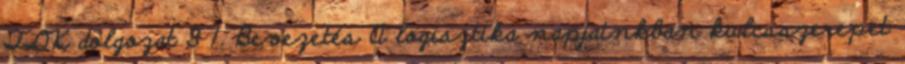
TDK dolgozat 3 1. Bevezetés A logisztika napjainkban kulcsszerepet